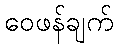
ဝေဖန်ချက်